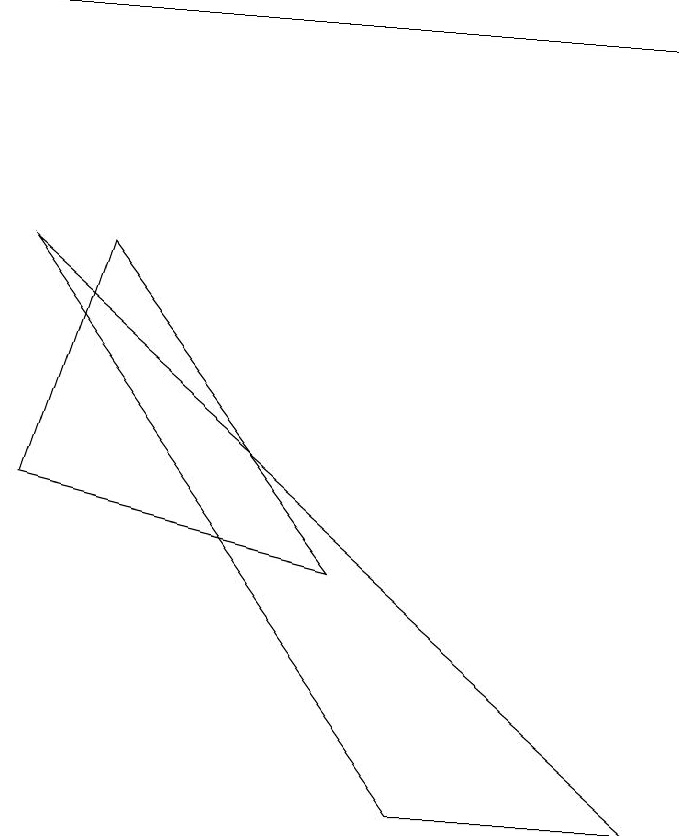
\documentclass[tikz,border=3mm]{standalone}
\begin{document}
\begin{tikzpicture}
\draw (5,4) -- (1,5) -- (2,8) -- cycle;
\draw (6,1) -- (9,1) -- (1,8) -- cycle;
\draw[->] (1,11) -- (9,11);
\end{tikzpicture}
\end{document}